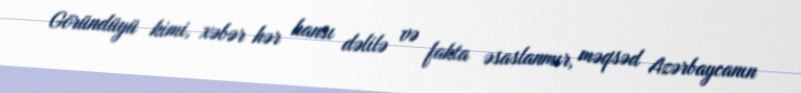
Göründüyü kimi, xəbər hər hansı dəlilə və fakta əsaslanmır, məqsəd Azərbaycanın